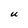
Character: U